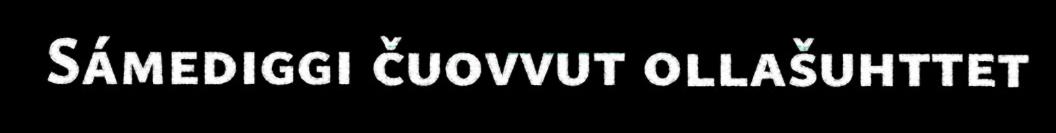
Sámediggi čuovvut ollašuhttet